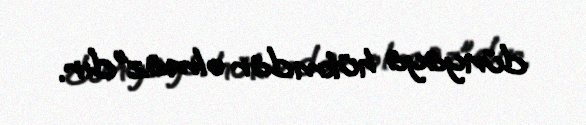
dünyaya hükmdar olmaz”dır.